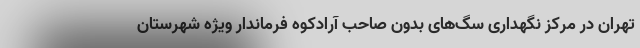
تهران در مرکز نگهداری سگ‌های بدون صاحب آرادکوه فرماندار ویژه شهرستان